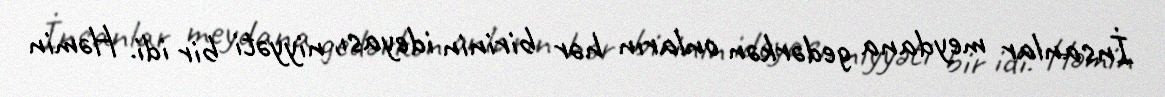
İnsanlar meydana gedərkən onların hər birinin ideyası, niyyəti bir idi. Həmin